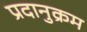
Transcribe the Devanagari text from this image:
प्रदानुक्रम